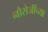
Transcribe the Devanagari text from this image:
नौरोजींच्या